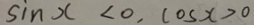
\sin x < 0 , \cos x > 0